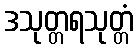
ဒသုတ္တရသုတ္တံ